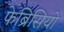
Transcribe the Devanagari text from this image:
फेब्रिसियो